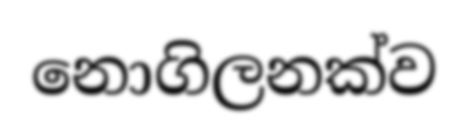
නොගිලනක්ව